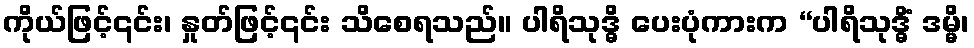
ကိုယ်ဖြင့်၎င်း၊ နှုတ်ဖြင့်၎င်း သိစေရသည်။ ပါရိသုဒ္ဓိ ပေးပုံကားက “ပါရိသုဒ္ဓိံ ဒမ္မိ၊